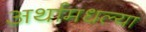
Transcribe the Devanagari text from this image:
अर्थामधल्या